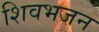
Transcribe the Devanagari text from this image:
शिवभजन